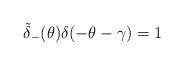
LaTeX: \begin{align*}\tilde{\delta}_{-}(\theta)\delta(-\theta-\gamma)=1\end{align*}